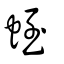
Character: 蛭